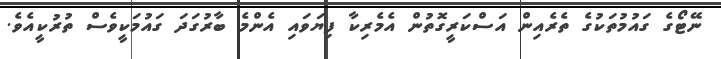
ނޭޓޯގެ ގައުމުތަކުގެ ތެރެއިން އަސްކަރީގޮތުން އެމެރިކާ ފިޔަވައި އެންމެ ބާރުގަދަ ގައުމަކީވެސް ތުރުކީއެވެ.